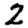
Digit: 2